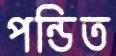
পন্ডিত